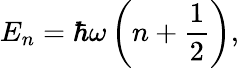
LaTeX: E_{n}=\hbar\omega\left(n+{\frac{1}{2}}\right),